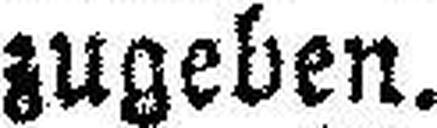
zugeben.